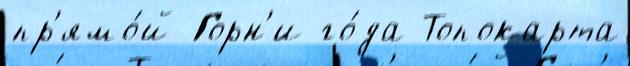
пр'ямо́й Горн'и го́да Топокарта